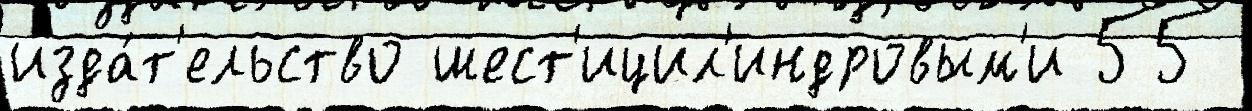
изда́т'ельство шест'ицил'индровым'и 55